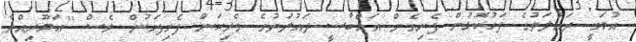
އުމަވީ ދައުލަތުގެ ފަހުކޮޅުން ފެށިގެން އައްބާސީ ދައުލަތުގެ ވެރިކަން ފެށިފަހުން ވެސް ''ޢަމޫރިއްޔާ